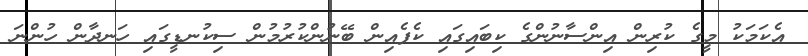
އެކަމަކު މީގެ ކުރިން އިންސާނުންގެ ކިބައިގައި ކެފެއިން ބޭނުންކުރުމުން ސިކުނޑީގައި ހަނދާން ހުންނަ